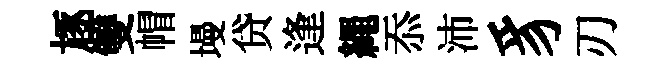
豗雙帽墁贷逢繩忝沛豸刃